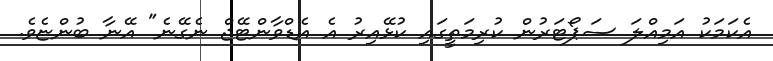
އެކަމަކު އަމިއްލަ ސަޕޯޓަރުން ކުރިމަތީގައި ކުޅޭއިރު އެ އެޑްވާންޓޭޖް ނެގޭނެ" އޭނާ ބުންޏެވެ.